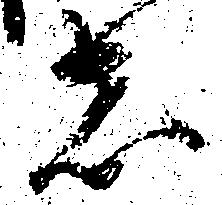
者